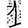
Digit: 1